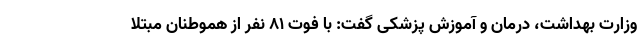
وزارت بهداشت، درمان و آموزش پزشکی گفت: با فوت ۸۱ نفر از هموطنان مبتلا